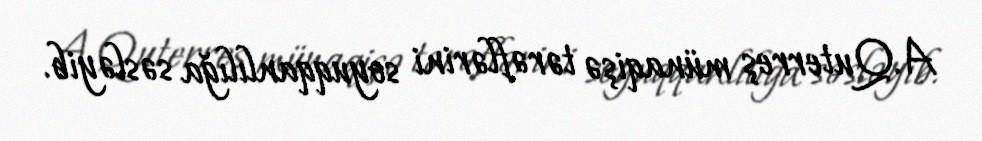
A.Quterreş münaqişə tərəflərini soyuqqanlılığa səsləyib.